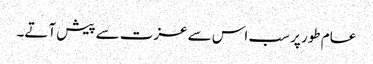
عام طور پر سب اس سے عزت سے پیش آتے۔